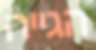
הגייה